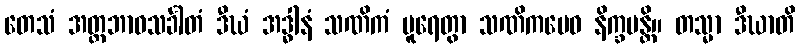
တေသံ အတ္တဘာဝသင်္ခါတံ ဒီဃံ အဒ္ဓါနံ သဏိကံ ပူရေတွာ သဏိကမေဝ နိက္ခမန္တိ။ တသ္မာ ဒီဃာတိ